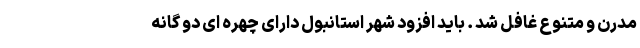
مدرن و متنوع غافل شد . باید افزود شهر استانبول دارای چهره ای دو گانه